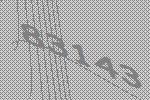
83143